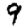
Digit: 9